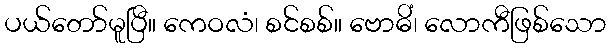
ပယ်တော်မူပြီ။ ကေဝလံ၊ စင်စစ်။ ဗောဓိံ၊ လောကီဖြစ်သော